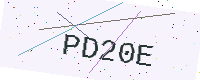
Text: PD20E